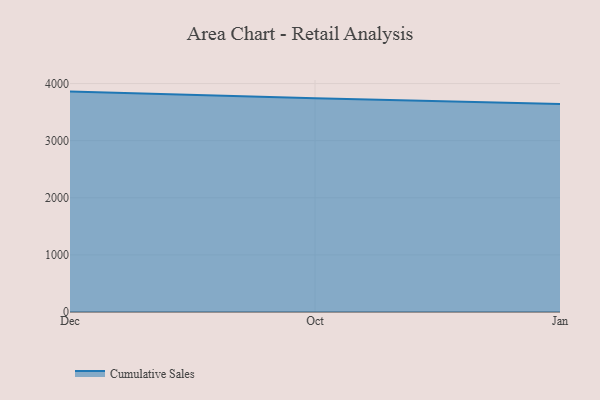
{"axis": {"x": "Month", "y": "LTV (USD)"}, "legend": ["Cumulative Sales"], "data": [{"x": "Dec", "y": 3859.4, "type": "Cumulative Sales"}, {"x": "Oct", "y": 3744.6, "type": "Cumulative Sales"}, {"x": "Jan", "y": 3643.5, "type": "Cumulative Sales"}]}